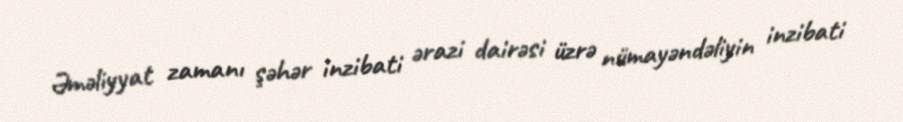
Əməliyyat zamanı şəhər inzibati ərazi dairəsi üzrə nümayəndəliyin inzibati